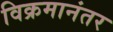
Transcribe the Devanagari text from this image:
विक्रमानंतर